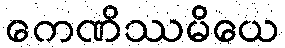
ကေဏိဿမိယေ